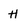
Character: H